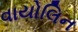
વાયોલિન